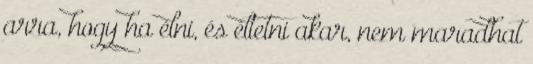
arra, hogy ha élni, és éltetni akar, nem maradhat